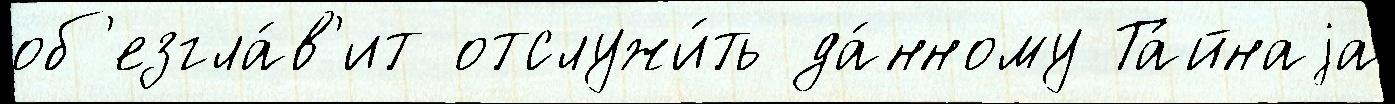
об'езгла́в'ит отслужи́ть да́нному Та́йнаjа